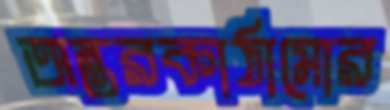
অন্তরকাঠামোর